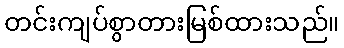
တင်းကျပ်စွာတားမြစ်ထားသည်။